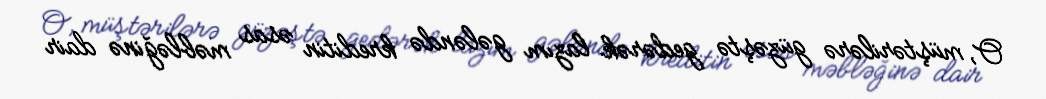
O, müştərilərə güzəştə gedərək lazım gələndə kreditin əsas məbləğinə dair